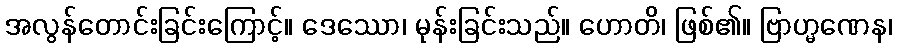
အလွန်တောင်းခြင်းကြောင့်။ ဒေဿော၊ မုန်းခြင်းသည်။ ဟောတိ၊ ဖြစ်၏။ ဗြာဟ္မဏေန၊